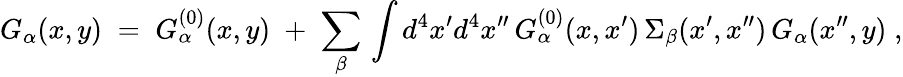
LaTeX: G_{\alpha}(x,y)\; =\; G_{\alpha}^{(0)}(x,y)\; +\; \sum_{\beta}\, \int d^{4}x^{\prime}d^{4}x^{\prime\prime}\, G_{\alpha}^{(0)}(x,x^{\prime})\, \Sigma_{\beta}(x^{\prime},x^{\prime\prime})\, G_{\alpha}(x^{\prime\prime},y)\; ,